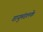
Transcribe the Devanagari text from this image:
वायुमंडलके